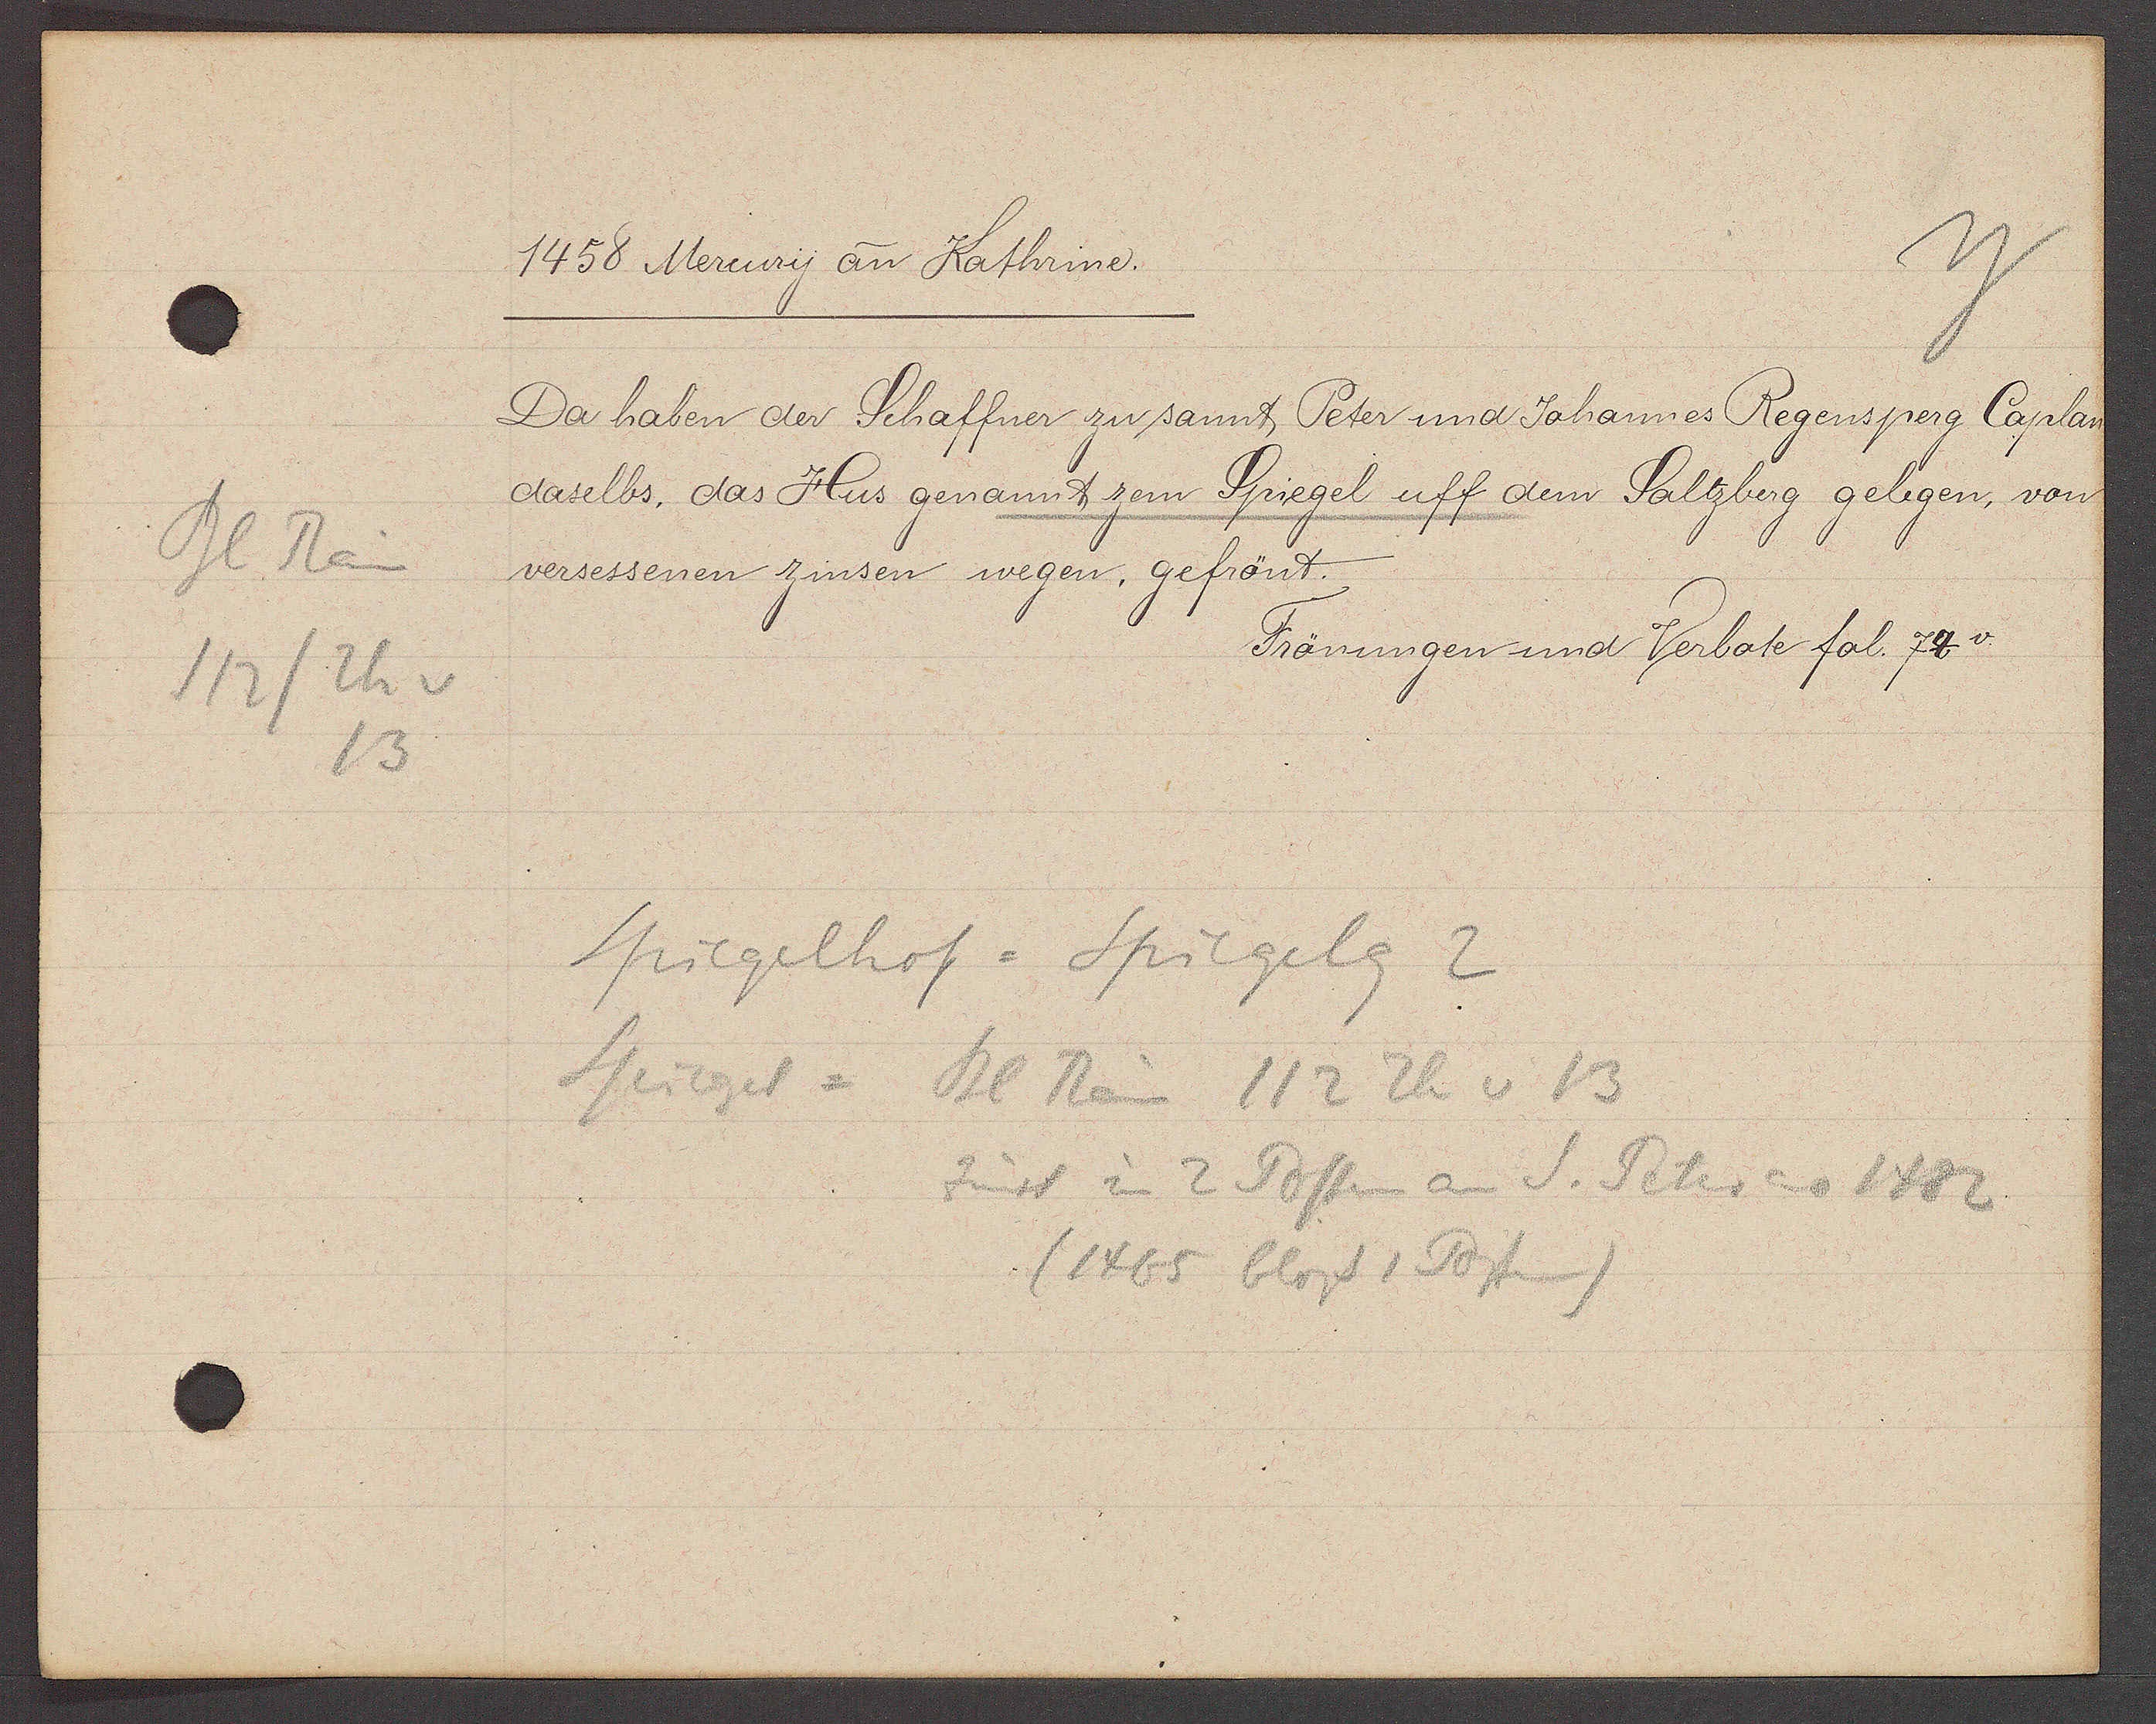
Transcript:
Bl Rain
112/ Th v
13

1458 Mercury an Kathrine.

Da haben der Schaffner zu sannt Peter und Johannes Regensperg Caplan
daselbs, das Hus genannt zem Spiegel uff dem Saltzberg gelegen, von
versessenen zinsen wegen, gefrönt.
Frönungen und Verbote fol. 74.

Spiegelhof = Spiegelg 2
Spiegel = Bl Rain 112 Th v 13
Zinst in 2 Posten an S. Peter ao 1482
(1465 bloss 1 Posten)